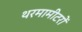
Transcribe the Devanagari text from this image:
थरमामीटरों